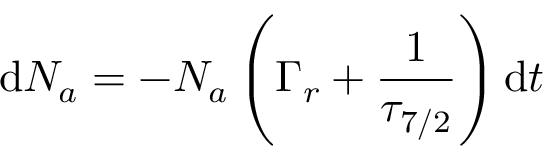
\mathrm { d } N _ { a } = - N _ { a } \left( \Gamma _ { r } + { \frac { 1 } { \tau _ { 7 / 2 } } } \right) \mathrm { d } t